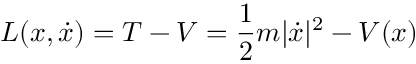
L ( x , { \dot { x } } ) = T - V = { \frac { 1 } { 2 } } m | { \dot { x } } | ^ { 2 } - V ( x )